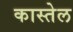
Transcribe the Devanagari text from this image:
कास्तेल